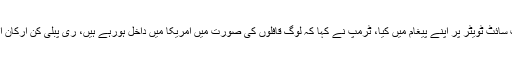
ان خیالات کا انہوں نے سماجی رابطے کی ویب سائٹ ٹویٹر پر اپنے پیغام میں کیا، ٹرمپ نے کہا کہ لوگ قافلوں کی صورت میں امریکا میں داخل ہورہے ہیں، ری پبلی کن ارکان امیگریشن کے لیے قوانین سخت کرنے ہوں گے۔